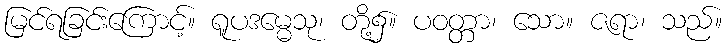
မြင်ရခြင်းကြောင့်။ ရူပဒမ္မေသု၊ တို့၌။ ပဝတ္တာ၊ သော။ ဇရာ၊ သည်။